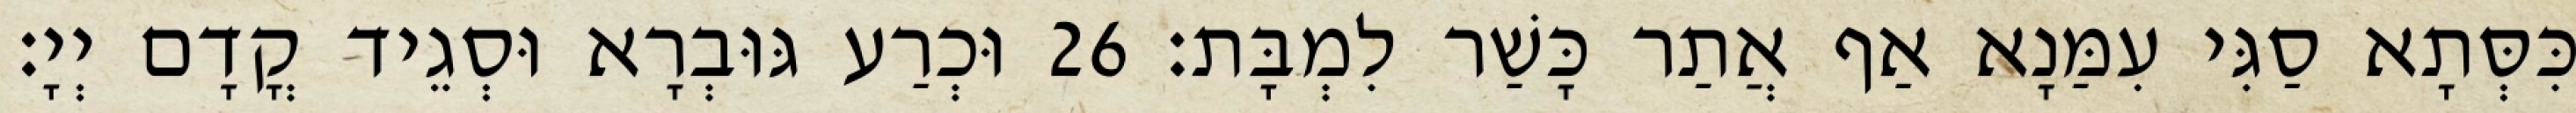
כִּסְּתָא סַגִּי עִמַּנָא אַף אֲתַר כָּשַׁר לִמְבָּת׃ 26 וּכְרַע גּוּבְרָא וּסְגֵיד קֳדָם יְיָ׃